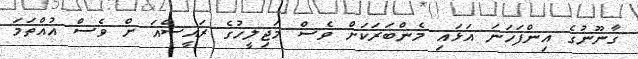
ގާނޫނުގެ އިންފަހަނަ އަޅައި މެންބަރަކަށް ވެސް މަޖިލީހުގެ ރައީސްއަ ށް ވެސް އުއްތަމަ